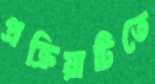
প্রক্রিয়াটিতে